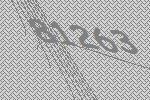
81263